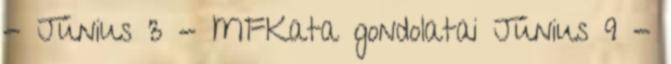
- Június 3 - MFKata gondolatai Június 9 -